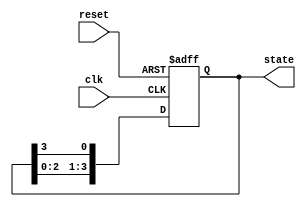
module ring_counter #(
    parameter N = 4 // Number of memory blocks (bit-width of the ring counter)
)(
    input wire clk,       // Clock input
    input wire reset,     // Asynchronous reset
    output reg [N-1:0] state // Output state of the ring counter
);

// Always block for the ring counter operation
always @(posedge clk or posedge reset) begin
    if (reset) begin
        // On reset, initialize the first memory block to '1' and all others to '0'
        state <= 1'b1; // Assuming we start with the first position
    end else begin
        // Rotate the '1' to the next memory block
        state <= {state[N-2:0], state[N-1]};
    end
end

endmodule